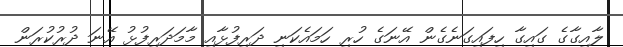
ލާއިގާގެ ގައިގާ ހިފައިގަނެގެން އޭނަގެ ހުރި ހަމައެކަނި ދަރިފުޅާއި މާމަދަރިފުޅު އޭނަ ދުރުކުރަން